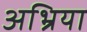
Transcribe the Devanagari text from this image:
अभ्रिया